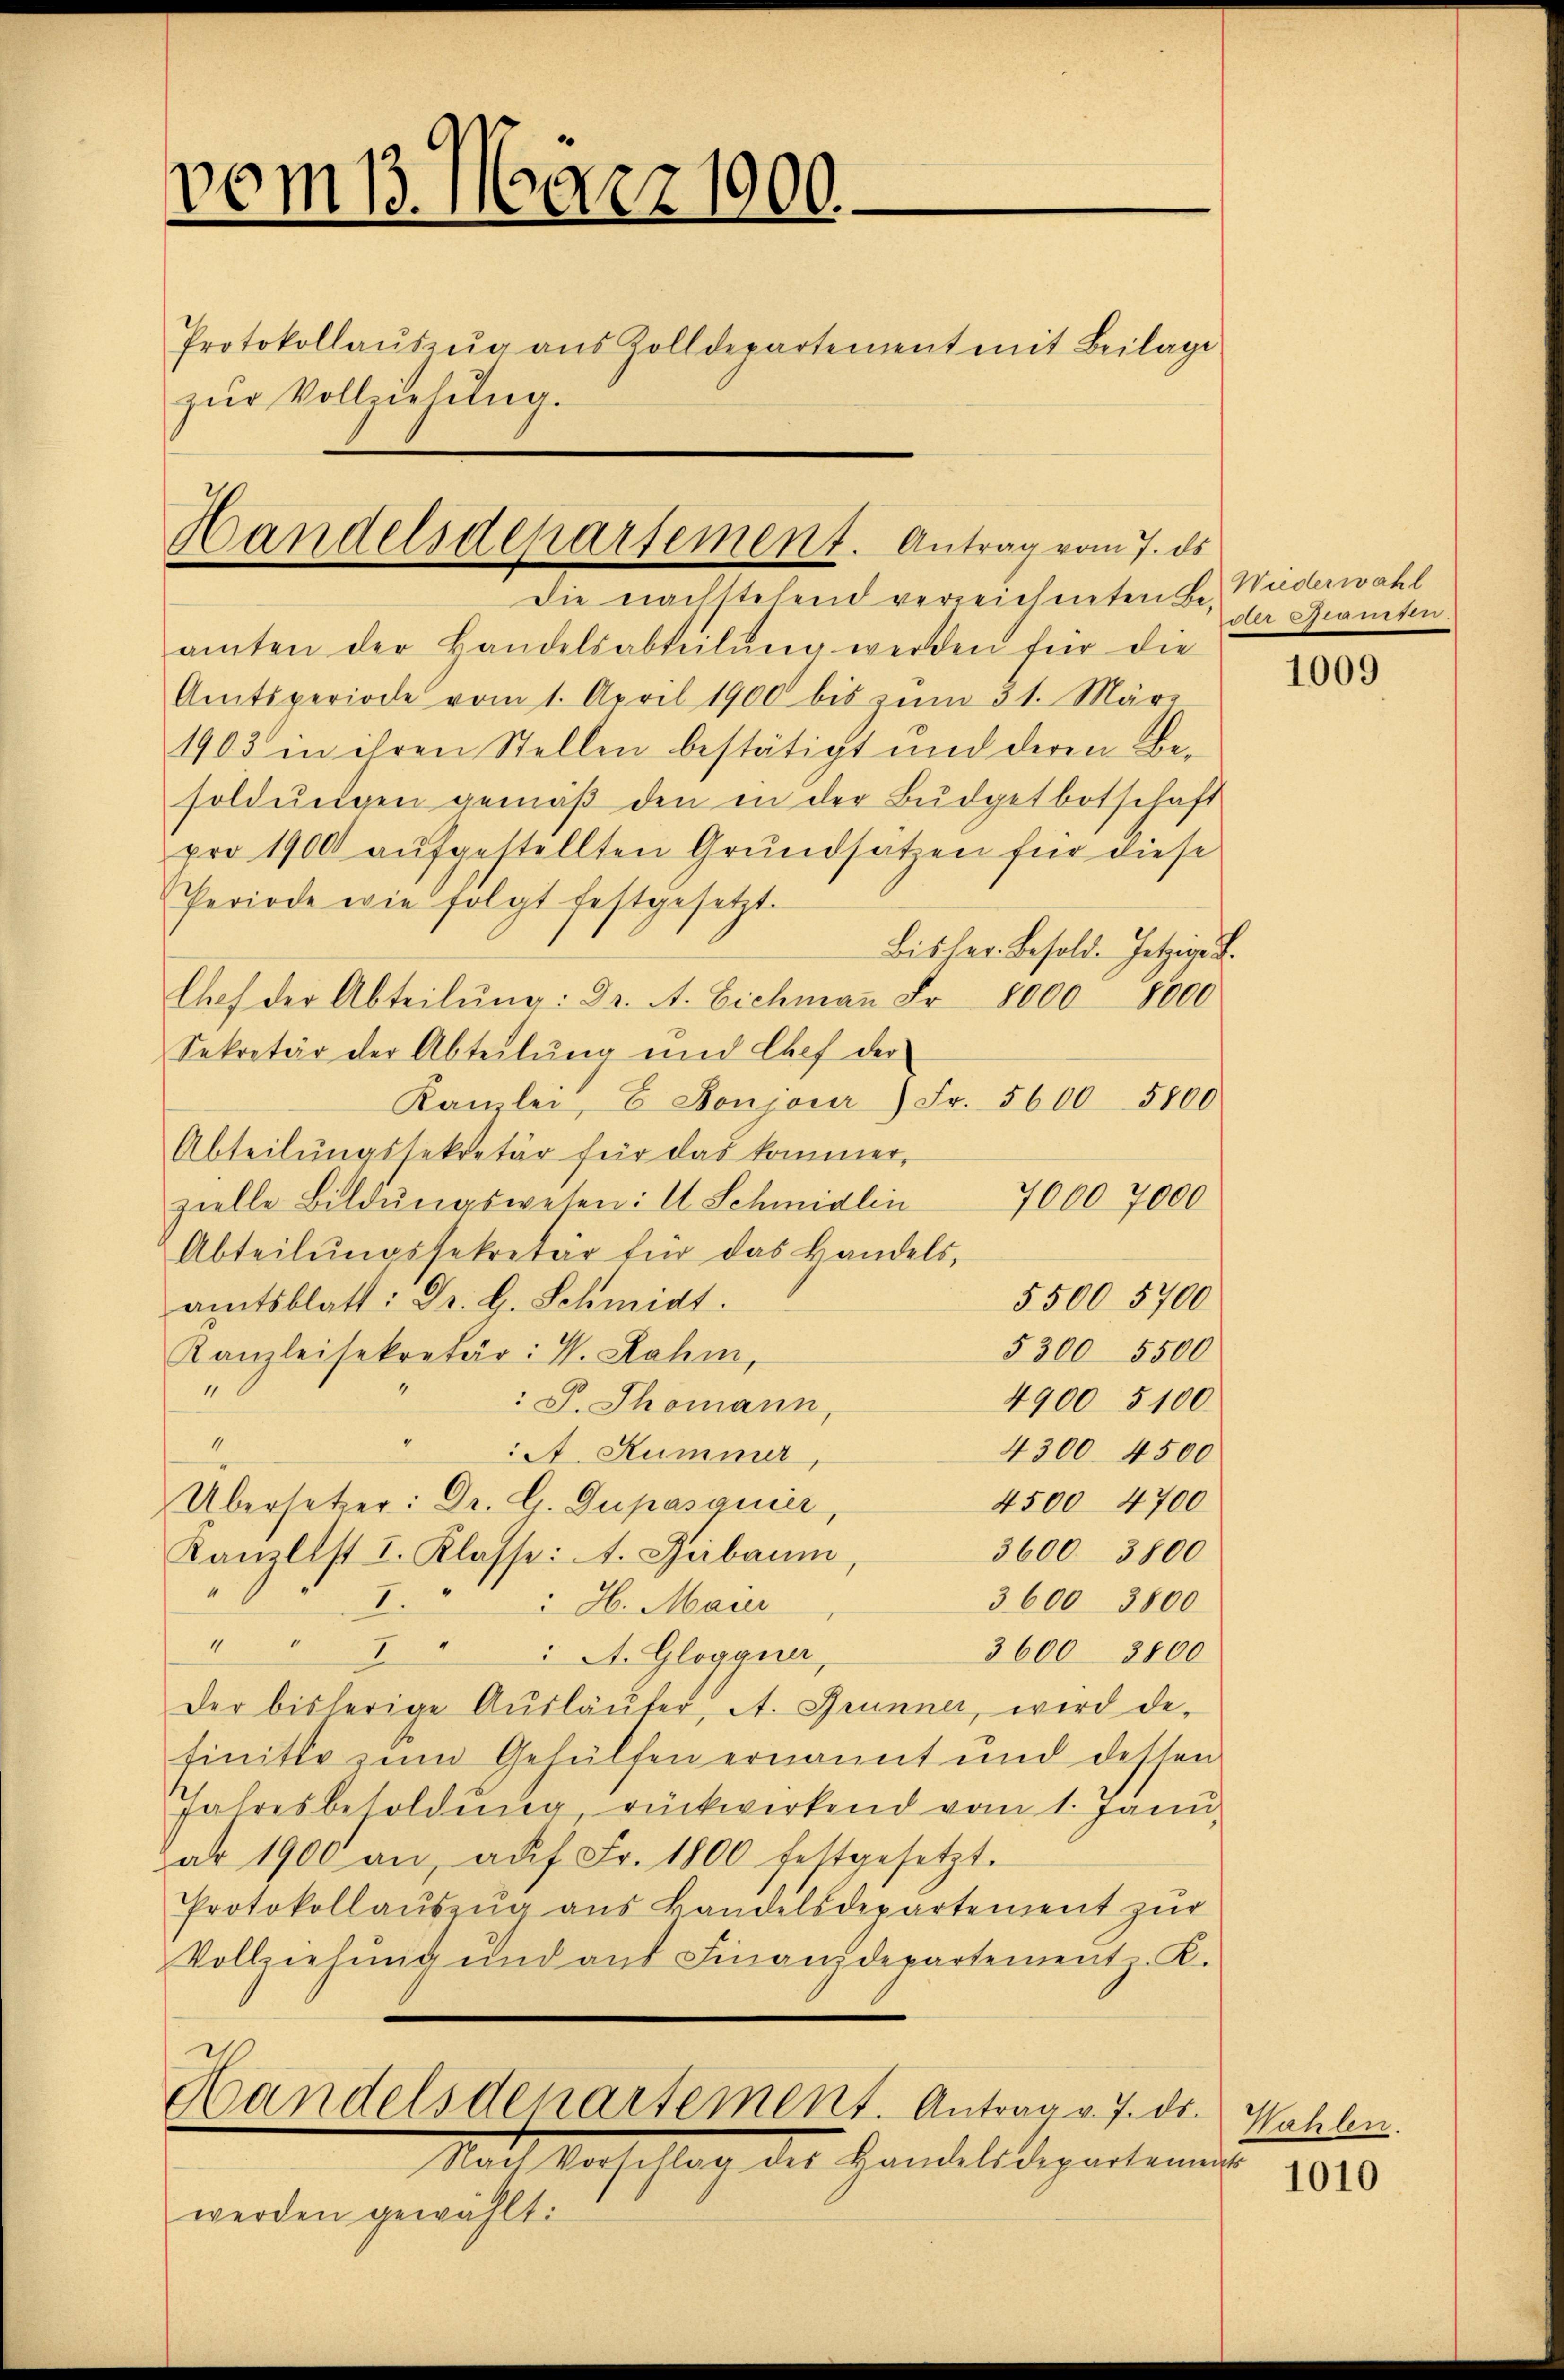
vom 13. März 1900.
Protokollaŭszŭg aŭs Zolldepartement mit Beilage.
zŭr Vollziehung.

Handelsdepartement. Antrag vom 7. ds.

Die nachstehend verzeichneten Be-
amten der Handelsabteilŭng werden für die
Amtsperiode vom 1. April 1900 bis zŭm 31. März
1903 in ihren Stellen bestätigt und deren Besoldungen gemäß den in der Budgetbotschaft
pro 1900 aufgestellten Grundsatzen für diese
Periode wie folgt festgesetzt.
Bisher Besolde Jetzige S.
Chef der Abteilŭng: Dr. A. Eichmaṅ Fr. 8000 8000
Sekretär der Abteilung und Chef der
Kamlei, E. Bonjour) Fr. 5600 5800
Abteilŭngssekretär für das kommer,
7000 7000
zielle Bildungswesen: A. Schmidlin
Abteilŭngssekretär für das Handels,
5500 5700
amtsblatt: Dr. G. Schmidt.
§300 5500
Kanzleisekretär: V. Rahm,
1
4900. 5100
: S. Thomann,
2
4
A. Kummer
4300. 4500
Übersetzer: Dr. L. Gupasanier
4500 4700
3600 3800
Kanzlist I. Klasse: A. Reibaum
3600 3800
1. 26. Main
" " " " " A. Gloggna,
3600 3800
der bisherige Aŭsläŭter, A. Brunner, wird definitio zum Gehülfen ernannt und dessen
fahresbesoldung, rückwerkend vom 1. Janŭ
ar 1900 an, aŭf Fr. 1800 festgesetzt.
Protokollaŭszŭg ans Bandelsdepartement zŭr
Vollziehung und aus Finanzdepartement z. K.
Handelsdepartement. Antrag v. 7. ds.
Not. Vorschlag des Handelidepartemen
werden gewählt:

Wiederwähl
der Glatte.

1009

Wahlen.
1010